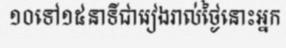
១០ទៅ១៥នាទីជារៀងរាល់ថ្ងៃនោះអ្នក